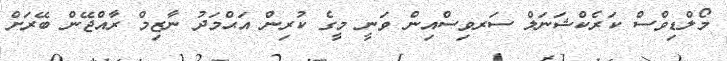
މޯލްޑިވްސް ކަރެކްޝަނަލް ސަރވިސްއިން ވަނީ މީގެ ކުރިން އަޙްމަދު ނާޒިމް ރާއްޖޭން ބޭރަށް